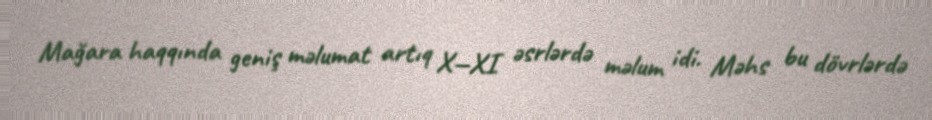
Mağara haqqında geniş məlumat artıq X—XI əsrlərdə məlum idi. Məhs bu dövrlərdə